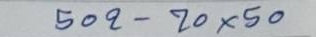
502 - 70 x 50